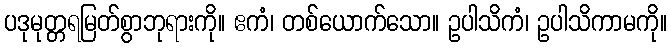
ပဒုမုတ္တရမြတ်စွာဘုရားကို။ ဧကံ၊ တစ်ယောက်သော။ ဥပါသိကံ၊ ဥပါသိကာမကို။